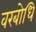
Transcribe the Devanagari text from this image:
वरबोधि